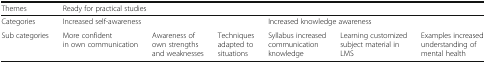
<table><thead><tr><td><b>Themes</b></td><td colspan="6"><b>Ready for practical studies</b></td></tr></thead><tbody><tr><td>Categories</td><td colspan="3">Increased self-awareness</td><td colspan="3">Increased knowledge awareness</td></tr><tr><td>Sub categories</td><td>More confident in own communication</td><td>Awareness of own strengths and weaknesses</td><td>Techniques adapted to situations</td><td>Syllabus increased communication knowledge</td><td>Learning customized subject material in LMS</td><td>Examples increased understanding of mental health</td></tr></tbody></table>